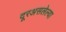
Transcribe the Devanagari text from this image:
दूरअसलेल्या